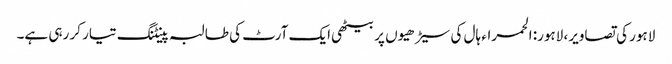
لاہور کی تصاویر، لاہور: الحمراء ہال کی سیڑھیوں پر بیٹھی ایک آرٹ کی طالبہ پینٹنگ تیار کر رہی ہے۔